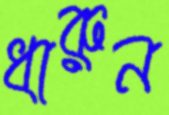
ধারুন